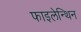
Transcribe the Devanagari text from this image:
फाइलेन्थिन